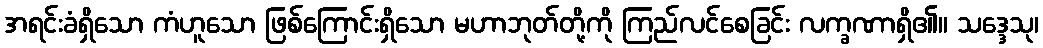
အရင်းခံရှိသော ကံဟူသော ဖြစ်ကြောင်းရှိသော မဟာဘုတ်တို့ကို ကြည်လင်စေခြင်း လက္ခဏာရှိ၏။ သဒ္ဒေသု၊